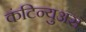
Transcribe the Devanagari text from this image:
कंटिन्युअस